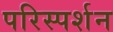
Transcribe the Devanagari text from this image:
परिस्‍पर्शन